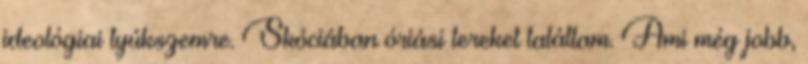
ideológiai tyúkszemre. Skóciában óriási tereket találtam. Ami még jobb,